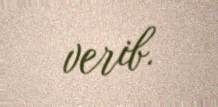
verib.